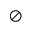
\oslash